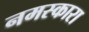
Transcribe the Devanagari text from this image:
नमस्कारा